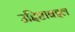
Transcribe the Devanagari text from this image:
उद्दिष्टाबद्दल